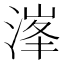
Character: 溄